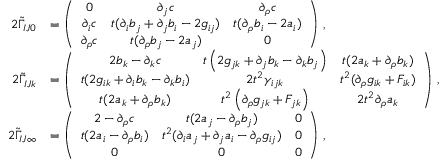
\begin{array} { r l } { 2 \tilde { \Gamma } _ { I J 0 } } & { = \left( \begin{array} { c c c } { 0 } & { \partial _ { j } c } & { \partial _ { \rho } c } \\ { \partial _ { i } c } & { t ( \partial _ { i } b _ { j } + \partial _ { j } b _ { i } - 2 g _ { i j } ) } & { t ( \partial _ { \rho } b _ { i } - 2 a _ { i } ) } \\ { \partial _ { \rho } c } & { t ( \partial _ { \rho } b _ { j } - 2 a _ { j } ) } & { 0 } \end{array} \right) \, , } \\ { 2 \tilde { \Gamma } _ { I J k } } & { = \left( \begin{array} { c c c } { 2 b _ { k } - \partial _ { k } c } & { t \left( 2 g _ { j k } + \partial _ { j } b _ { k } - \partial _ { k } b _ { j } \right) } & { t ( 2 a _ { k } + \partial _ { \rho } b _ { k } ) } \\ { t ( 2 g _ { i k } + \partial _ { i } b _ { k } - \partial _ { k } b _ { i } ) } & { 2 t ^ { 2 } \gamma _ { i j k } } & { t ^ { 2 } ( \partial _ { \rho } g _ { i k } + F _ { i k } ) } \\ { t ( 2 a _ { k } + \partial _ { \rho } b _ { k } ) } & { t ^ { 2 } \left( \partial _ { \rho } g _ { j k } + F _ { j k } \right) } & { 2 t ^ { 2 } \partial _ { \rho } a _ { k } } \end{array} \right) \, , } \\ { 2 \tilde { \Gamma } _ { I J \infty } } & { = \left( \begin{array} { c c c } { 2 - \partial _ { \rho } c } & { t ( 2 a _ { j } - \partial _ { \rho } b _ { j } ) } & { 0 } \\ { t ( 2 a _ { i } - \partial _ { \rho } b _ { i } ) } & { t ^ { 2 } ( \partial _ { i } a _ { j } + \partial _ { j } a _ { i } - \partial _ { \rho } g _ { i j } ) } & { 0 } \\ { 0 } & { 0 } & { 0 } \end{array} \right) \, , } \end{array}